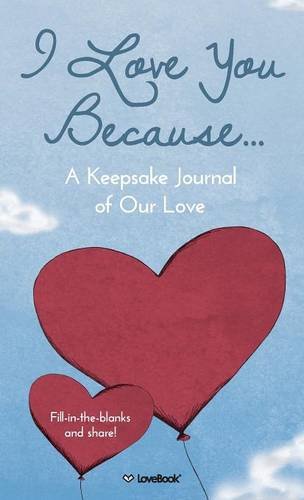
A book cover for I Love You Because...: A Keepsake Journal of Our Love; LoveBook; Literature & Fiction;